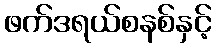
ဖက်ဒရယ်စနစ်နှင့်